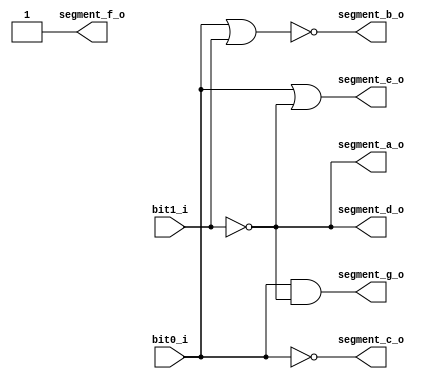
/* Activates each segment of the 7-segment display based
	on the level of the water tank provided by the encoder. */

module decoder_water_tank_level
(
	input  bit0_i,
	input  bit1_i,
	output segment_a_o,
	output segment_b_o,
	output segment_c_o,
	output segment_d_o,
	output segment_e_o,
	output segment_f_o,
	output segment_g_o
);

	/***************************************************************** 
	 * INPUT POSSIBILITIES | OUTPUT ON DISPLAY | 		MEANING 		  *
	 *---------------------|-------------------|---------------------*
	 * 	      00			  | 			0 	 		 | ERROR / CRIT LEVEL  *
	 *			   01			  |			1	 		 |	LOW LEVEL		     *
	 *          10         |			2	 		 |	MEDIUM LEVEL        *
	 *			   11			  |			3	 		 | HIGH LEVEL	 	     *
	 *****************************************************************/
	
	// Declaring wires
	wire w0;
	
	// Inverting bit1 from encoder
	not inv0(w0, bit1_i);
	
	// Applying several logic gates to activate each segment correctly
	not segment_a_status(segment_a_o, bit1_i); 
	nor segment_b_status(segment_b_o, bit0_i, bit1_i);	
	not segment_c_status(segment_c_o, bit0_i); 
	not segment_d_status(segment_d_o, bit1_i);
	or  segment_e_status(segment_e_o, bit0_i, w0);
	or  segment_f_status(segment_f_o, bit1_i, w0);
	and segment_g_status(segment_g_o, bit0_i, w0);
			
endmodule